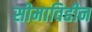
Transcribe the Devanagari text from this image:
सीमाविहीन